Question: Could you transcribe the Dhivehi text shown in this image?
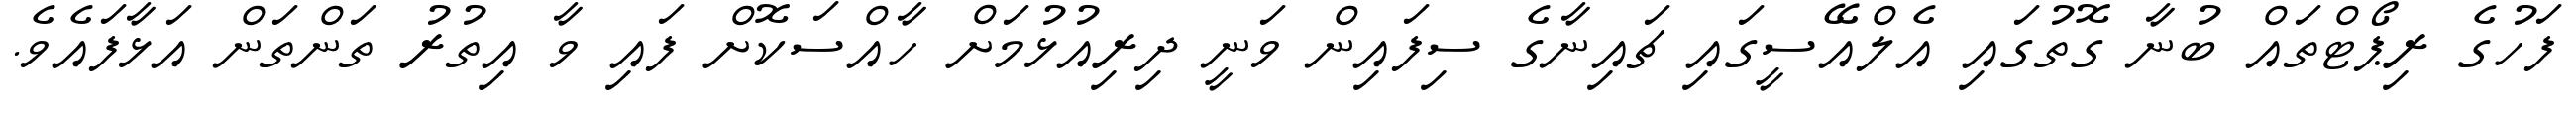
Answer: ފަހުގެ ރިޕޯޓްތައް ބުނާ ގޮތުގައި އެލްއޭސީގައި ޗައިނާގެ ސިފައިން ވަނީ ދިރިއުޅުމަށް ހާއްސަކޮށް ފައި ވާ އިތުރު ތަންތަން އަޅާފައެވެ.